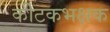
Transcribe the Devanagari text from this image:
कीटकभक्षक